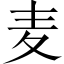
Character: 麦